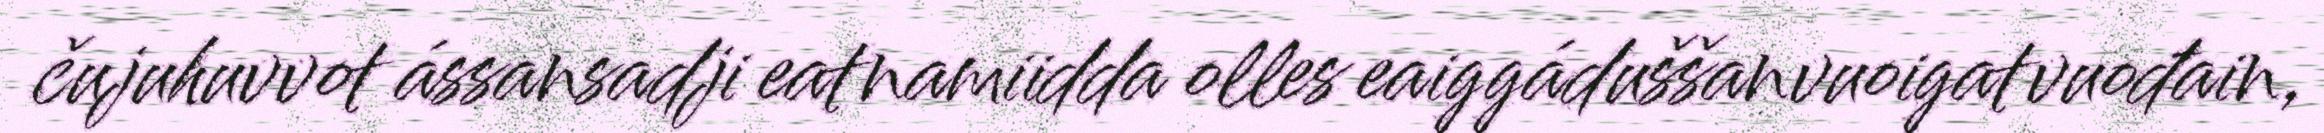
čujuhuvvot ássansadji eatnamiidda olles eaiggáduššanvuoigatvuođain,